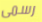
رسمى